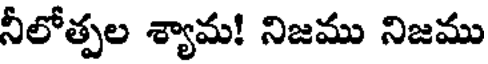
నీలోత్పల శ్యామ! నిజము నిజము